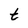
Character: t